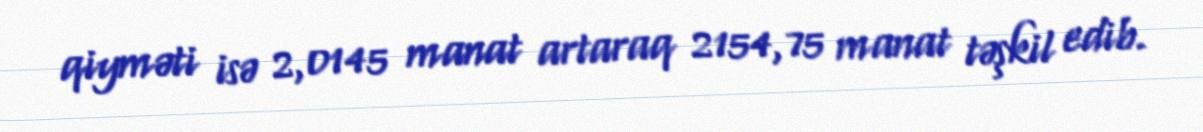
qiyməti isə 2,0145 manat artaraq 2154,75 manat təşkil edib.